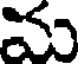
మ